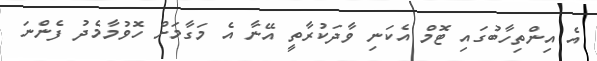
އެ އިންތިހާބުގައި ޓޮމް އެކަނި ވާދަކުރާތީ އޭނާ އެ މަގާމަށް ހޮވުމާމެދު ފެންނަ